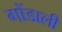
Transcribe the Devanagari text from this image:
गोंडाली